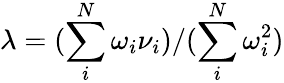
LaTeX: \lambda=(\sum_{i}^{N}\omega_{i}\nu_{i})/(\sum_{i}^{N}\omega_{i}^{2})